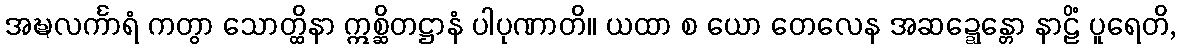
အဍ္ဎလင်္ကာရံ ကတွာ သောတ္ထိနာ ဣစ္ဆိတဋ္ဌာနံ ပါပုဏာတိ။ ယထာ စ ယော တေလေန အဆဍ္ဍေန္တော နာဠိံ ပူရေတိ,